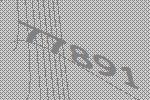
77891